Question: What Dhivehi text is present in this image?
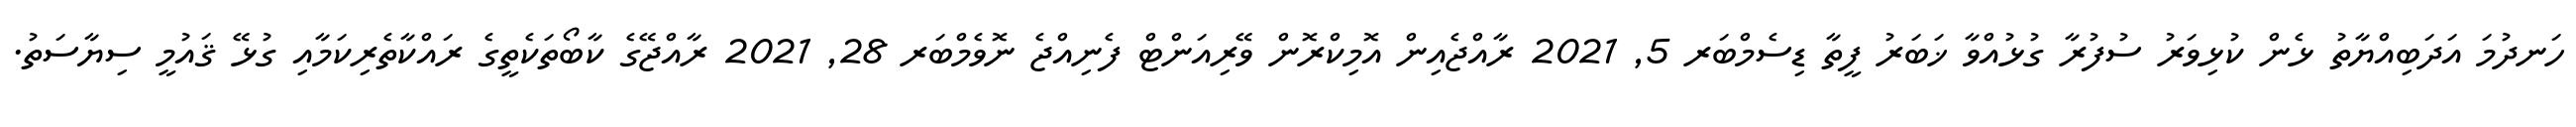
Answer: ހަނދުމަ އަދަބިއްޔާތު ޅެން ކުޅިވަރު ސުފުރާ ގުޅުއްވާ ޚަބަރު ފީތާ ޑިސެމްބަރ 5, 2021 ރާއްޖެއިން އޮމިކްރޮން ވޭރިއަންޓް ފެނިއްޖެ ނޮވެމްބަރ 28, 2021 ރާއްޖޭގެ ކާބޯތަކެތީގެ ރައްކާތެރިކަމާއި ގުޅޭ ޤައުމީ ސިޔާސަތު.